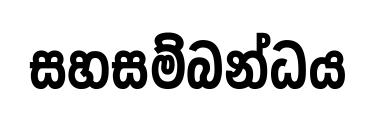
සහසම්බන්ධය